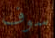
سوف